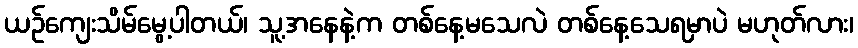
ယဉ်ကျေးသိမ်မွေ့ပါတယ်၊ သူ့အနေနဲ့က တစ်နေ့မသေလဲ တစ်နေ့သေရမှာပဲ မဟုတ်လား၊